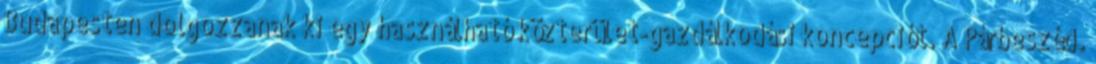
Budapesten dolgozzanak ki egy használható közterület-gazdálkodási koncepciót. A Párbeszéd.